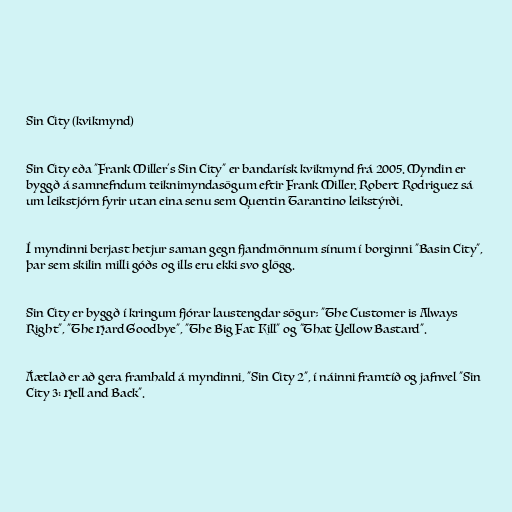
Sin City (kvikmynd)

Sin City eða "Frank Miller's Sin City" er bandarísk kvikmynd frá 2005. Myndin er
byggð á samnefndum teiknimyndasögum eftir Frank Miller. Robert Rodriguez sá
um leikstjórn fyrir utan eina senu sem Quentin Tarantino leikstýrði.

Í myndinni berjast hetjur saman gegn fjandmönnum sínum í borginni "Basin City",
þar sem skilin milli góðs og ills eru ekki svo glögg.

Sin City er byggð í kringum fjórar laustengdar sögur; "The Customer is Always
Right", "The Hard Goodbye", "The Big Fat Kill" og "That Yellow Bastard".

Áætlað er að gera framhald á myndinni, "Sin City 2", í náinni framtíð og jafnvel "Sin
City 3: Hell and Back".